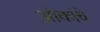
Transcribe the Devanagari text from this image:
ओकांचे